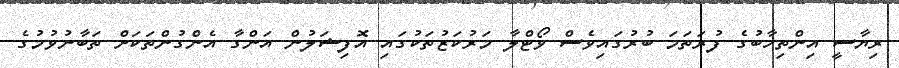
ރިޔާސީ އިންތިހާބުގެ ފުރަތަމަ ބުރުގައިވެސް ވޯޓްލާ މަރުކަޒުތަކުގައި އޮފިޝަލުން އަންގާ އެންގުންތަކަށް ތަބާނުވުމުގެ